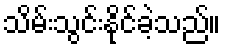
သိမ်းသွင်းနိုင်ခဲ့သည်။